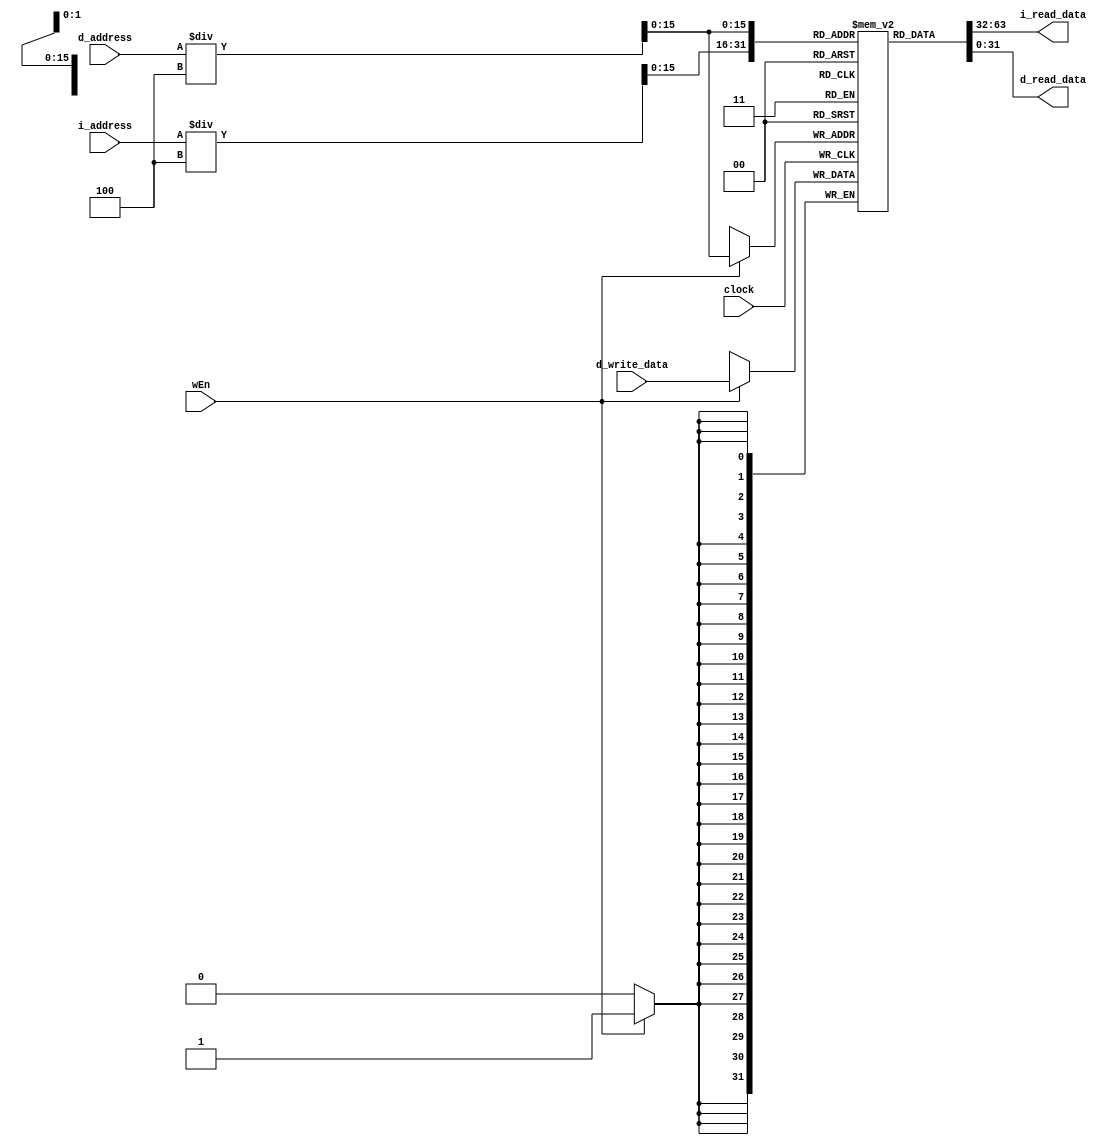
// Name: Sarina Sabharwal, Mario Han
// BU ID: U83678891, U28464330
// EC413 Project: Ram Module

module ram #(
  parameter DATA_WIDTH = 32,
  parameter ADDR_WIDTH = 16
) (
  input  clock,

  // Instruction Port
  input  [ADDR_WIDTH-1:0] i_address,
  output [DATA_WIDTH-1:0] i_read_data,

  // Data Port
  input  wEn,
  input  [ADDR_WIDTH-1:0] d_address,
  input  [DATA_WIDTH-1:0] d_write_data,
  output [DATA_WIDTH-1:0] d_read_data

);

localparam RAM_DEPTH = 1 << ADDR_WIDTH;

reg [DATA_WIDTH-1:0] ram [0:RAM_DEPTH-1];

/******************************************************************************
*                      Start Your Code Here
******************************************************************************/
//integer i;
//integer j;
//reg [DATA_WIDTH-1:0] d_read_data;
//reg [DATA_WIDTH-1:0] i_read_data;
assign i_read_data = ram[i_address/4];
assign d_read_data = ram[d_address/4];

always @(posedge clock)
begin
   if(wEn == 1'b1)
    begin
    ram[d_address/4] <= d_write_data;
    end
  //i_read_data <= ram[i_address];
  //d_read_data <= ram[d_address];
end  
               

endmodule